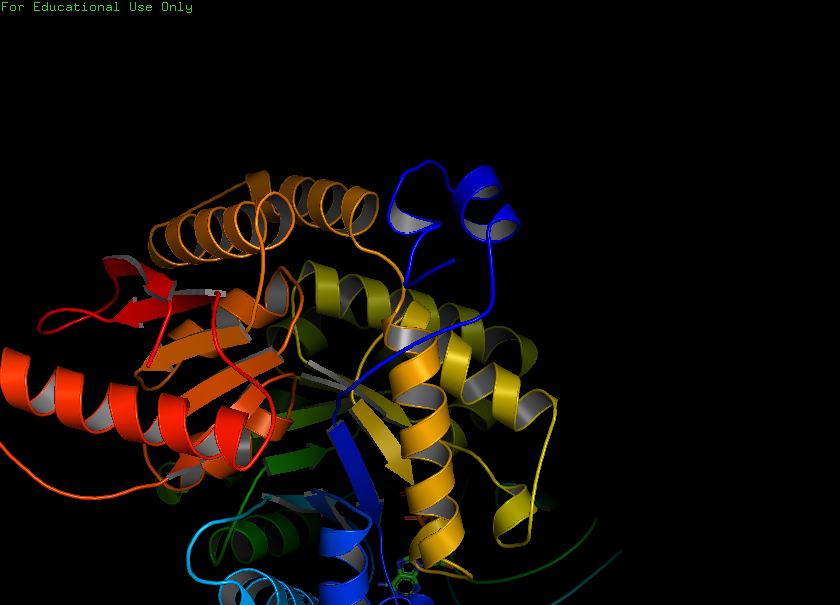
pymol, preset, publication